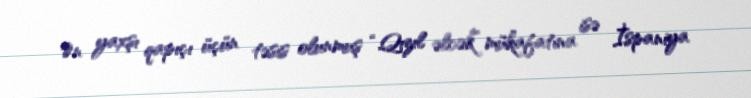
Ən yaxşı qapıçı üçün təsis olunmuş “Qızıl əlcək” mükafatına isə İspaniya